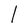
Character: l